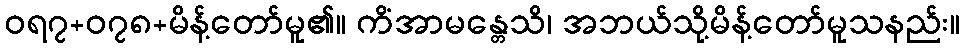
ဝရ၇+၀၇၈+မိန့်တော်မူ၏။ ကိံအာမန္တေသိ၊ အဘယ်သို့မိန့်တော်မူသနည်း။